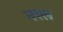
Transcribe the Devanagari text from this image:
नस्‍ल